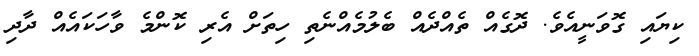
ކިޔައި ގޮވަނީއެވެ. ދޮގެއް ތެއްދެއް ބެލުމެއްނެތި ހިތަށް އެރި ކޮންމެ ވާހަކައެއް ދާދި